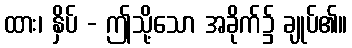
ထား၊ နှိပ် - ဤသို့သော အခိုက်၌ ချုပ်၏။